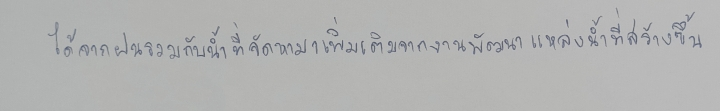
ได้จากฝนรวมกับน้ำที่จัดหามาเพิ่มเติมจากงานพัฒนาแหล่งน้ำที่สร้างขึ้น